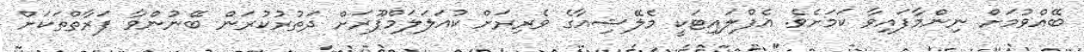
ބޭއްވުމަށް ނިންމާފައިވާ ކަމަށެވެ. އެފްލައިޓަކީ މެލޭޝިއާގެ ވެރިރަށް ކުއަލަލަމްޕޫރަށް ދަތުރުކުރަން ބޭނުންވާ ފަރާތްތަކަށް